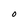
Character: O